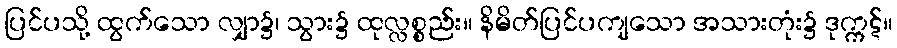
ပြင်ပသို့ ထွက်သော လျှာ၌၊ သွား၌ ထုလ္လစ္စည်း။ နိမိတ်ပြင်ပကျသော အသားတုံး၌ ဒုက္ကဋ်။